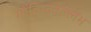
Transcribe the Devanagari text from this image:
गोविन्दवल्लभ